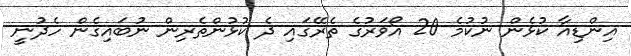
އިންޑިއާ ކުޅެން ނުކުމެ 20 އޯވަރުގެ ތެރޭގައި ދެ ކުޅުންތެރިން ނުބައިގެން ހެދުނީ